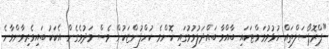
"ޕްރޮޕޯސަލްތައް ހުޅުވުމަށްޓަކައި ބާއްވާ ބައްދަލުވުމުގައި ކޮންމެ ކުންފުންޏަކުން ވެސް މަދުވެގެން އެކަކު ބައިވެރިވާންވާނެ